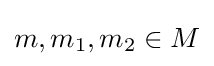
m,m_{1},m_{2}\in M